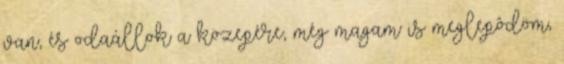
van, és odaállok a közepére, még magam is meglepôdöm,